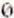
0